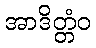
အာဒိတ္တံဝ